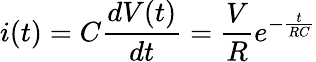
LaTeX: i(t)=C\frac{dV(t)}{dt}=\frac{V}{R}e^{-\frac{t}{RC}}